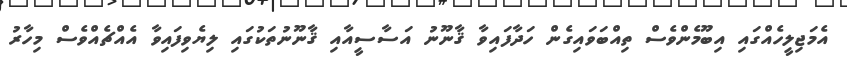
އެމަޖިލީހެއްގައި އިބޫމެންވެސް ތިއްބަވައިގެން ހަދާފައިވާ ޤާނޫނު އަސާސީއާއި ޤާނޫނުތަކުގައި ލިޔެވިފައިވާ އެއްޗެއްވެސް މިހާރު